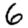
Digit: 6